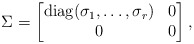
\begin{align*}\Sigma=\begin{bmatrix}\mathrm{diag}(\sigma_1,\ldots,\sigma_r) & 0\\0 & 0\end{bmatrix},\end{align*}